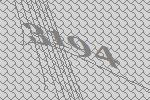
3194